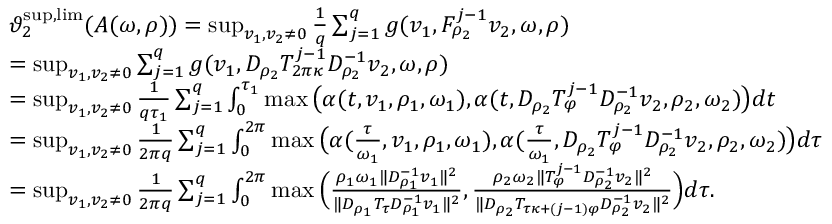
\begin{array} { r l } & { \vartheta _ { 2 } ^ { \operatorname* { s u p } , \operatorname* { l i m } } ( A ( \omega , \rho ) ) = \operatorname* { s u p } _ { v _ { 1 } , v _ { 2 } \neq 0 } \frac { 1 } { q } \sum _ { j = 1 } ^ { q } g ( v _ { 1 } , F _ { \rho _ { 2 } } ^ { j - 1 } v _ { 2 } , \omega , \rho ) } \\ & { = \operatorname* { s u p } _ { v _ { 1 } , v _ { 2 } \neq 0 } \sum _ { j = 1 } ^ { q } g ( v _ { 1 } , D _ { \rho _ { 2 } } T _ { 2 \pi \kappa } ^ { j - 1 } D _ { \rho _ { 2 } } ^ { - 1 } v _ { 2 } , \omega , \rho ) } \\ & { = \operatorname* { s u p } _ { v _ { 1 } , v _ { 2 } \neq 0 } \frac { 1 } { q \tau _ { 1 } } \sum _ { j = 1 } ^ { q } \int _ { 0 } ^ { \tau _ { 1 } } \operatorname* { m a x } \big ( \alpha ( t , v _ { 1 } , \rho _ { 1 } , \omega _ { 1 } ) , \alpha ( t , D _ { \rho _ { 2 } } T _ { \varphi } ^ { j - 1 } D _ { \rho _ { 2 } } ^ { - 1 } v _ { 2 } , \rho _ { 2 } , \omega _ { 2 } ) \big ) d t } \\ & { = \operatorname* { s u p } _ { v _ { 1 } , v _ { 2 } \neq 0 } \frac { 1 } { 2 \pi q } \sum _ { j = 1 } ^ { q } \int _ { 0 } ^ { 2 \pi } \operatorname* { m a x } \big ( \alpha ( \frac { \tau } { \omega _ { 1 } } , v _ { 1 } , \rho _ { 1 } , \omega _ { 1 } ) , \alpha ( \frac { \tau } { \omega _ { 1 } } , D _ { \rho _ { 2 } } T _ { \varphi } ^ { j - 1 } D _ { \rho _ { 2 } } ^ { - 1 } v _ { 2 } , \rho _ { 2 } , \omega _ { 2 } ) \big ) d \tau } \\ & { = \operatorname* { s u p } _ { v _ { 1 } , v _ { 2 } \neq 0 } \frac { 1 } { 2 \pi q } \sum _ { j = 1 } ^ { q } \int _ { 0 } ^ { 2 \pi } \operatorname* { m a x } \Big ( \frac { \rho _ { 1 } \omega _ { 1 } \| D _ { \rho _ { 1 } } ^ { - 1 } v _ { 1 } \| ^ { 2 } } { \| D _ { \rho _ { 1 } } T _ { \tau } D _ { \rho _ { 1 } } ^ { - 1 } v _ { 1 } \| ^ { 2 } } , \frac { \rho _ { 2 } \omega _ { 2 } \| T _ { \varphi } ^ { j - 1 } D _ { \rho _ { 2 } } ^ { - 1 } v _ { 2 } \| ^ { 2 } } { \| D _ { \rho _ { 2 } } T _ { \tau \kappa + ( j - 1 ) \varphi } D _ { \rho _ { 2 } } ^ { - 1 } v _ { 2 } \| ^ { 2 } } \Big ) d \tau . } \end{array}